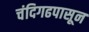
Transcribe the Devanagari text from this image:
चंदिगढपासून